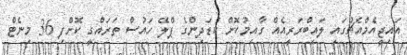
އައިޖީއެމްއެޗުގައި ލައިބްރަރީއެއް ގާއިމުކޮށް ކުޑަދިންގެ ޕްލޭ ހައުސް ތަރައްގީ ކޮށްފި 36 މިނެޓް